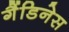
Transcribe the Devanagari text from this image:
गैंडिनेस